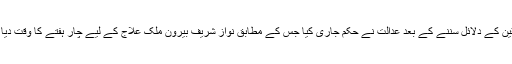
فریقین کے دلائل سننے کے بعد عدالت نے حکم جاری کیا جس کے مطابق نواز شریف بیرون ملک علاج کے لیے چار ہفتے کا وقت دیا گیا۔